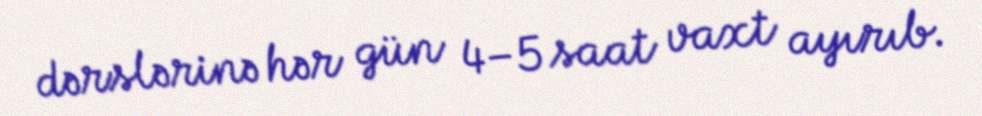
dərslərinə hər gün 4–5 saat vaxt ayırıb.